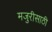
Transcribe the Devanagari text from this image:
मजुरीसाठी